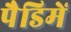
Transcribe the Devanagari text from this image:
पैडिमें